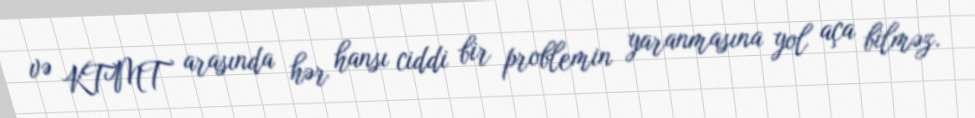
və KTMT arasında hər hansı ciddi bir problemin yaranmasına yol aça bilməz.